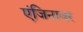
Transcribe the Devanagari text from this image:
एंजिनावर